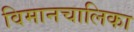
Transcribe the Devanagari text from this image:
विमानचालिका